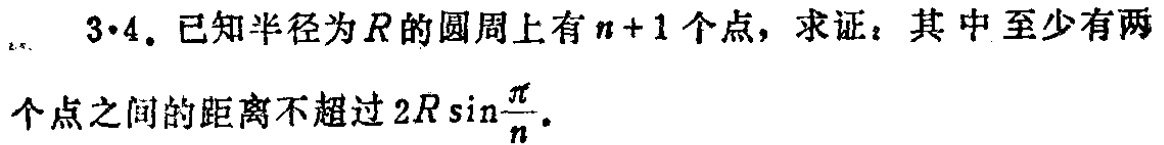
$3\cdot4$. 已知半径为$R$的圆周上有$n + 1$个点，求证：其中至少有两个点之间的距离不超过$2R\sin\frac{\pi}{n}$.